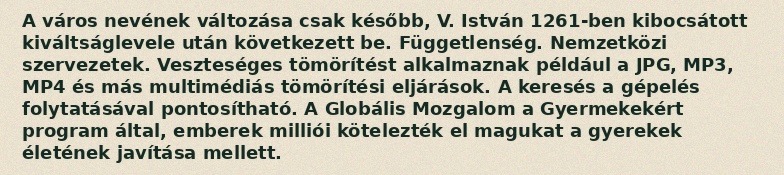
A város nevének változása csak később, V. István 1261-ben kibocsátott kiváltságlevele után következett be. Függetlenség. Nemzetközi szervezetek. Veszteséges tömörítést alkalmaznak például a JPG, MP3, MP4 és más multimédiás tömörítési eljárások. A keresés a gépelés folytatásával pontosítható. A Globális Mozgalom a Gyermekekért program által, emberek milliói kötelezték el magukat a gyerekek életének javítása mellett.